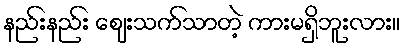
နည်းနည်း ဈေးသက်သာတဲ့ ကားမရှိဘူးလား။